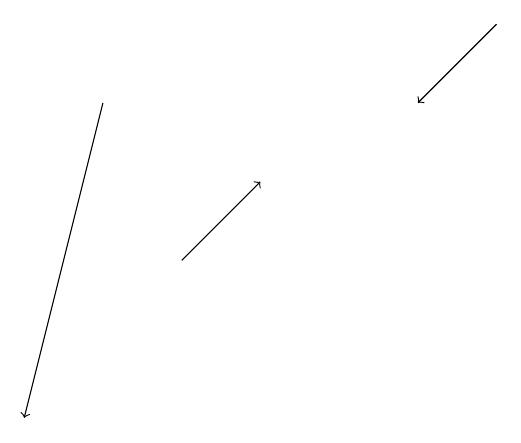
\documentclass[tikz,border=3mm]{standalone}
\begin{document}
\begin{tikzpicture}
\draw[->] (8,19) -- (7,18);
\draw[->] (3,18) -- (2,14);
\draw[->] (4,16) -- (5,17);
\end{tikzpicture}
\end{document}